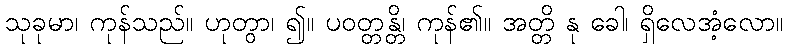
သုခုမာ၊ ကုန်သည်။ ဟုတွာ၊ ၍။ ပဝတ္တန္တိ၊ ကုန်၏။ အတ္တိ နု ခေါ၊ ရှိလေအံ့လော။